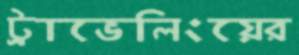
ট্রাভেলিংয়ের